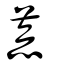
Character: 荒